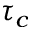
\tau _ { c }